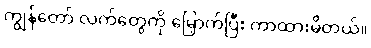
ကျွန်တော် လက်တွေကို မြှောက်ပြီး ကာထားမိတယ်။